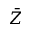
\bar { Z }